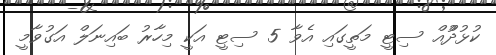
ކުޅުދުްއް ސިޓީ މަތީގައި އެވާ 5 ސިޓީ އަކީ މިހާރު ބައިނަލް އަގުވާމީ